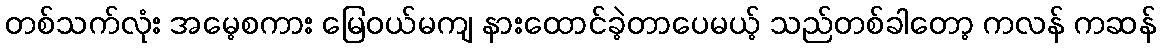
တစ်သက်လုံး အမေ့စကား မြေဝယ်မကျ နားထောင်ခဲ့တာပေမယ့် သည်တစ်ခါတော့ ကလန် ကဆန်